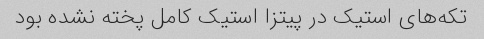
تکه‌های استیک در پیتزا استیک کامل پخته نشده بود